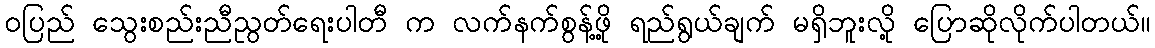
ဝပြည် သွေးစည်းညီညွတ်ရေးပါတီ က လက်နက်စွန့်ဖို့ ရည်ရွယ်ချက် မရှိဘူးလို့ ပြောဆိုလိုက်ပါတယ်။